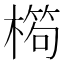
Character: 𣙱